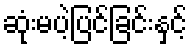
ဆုံးမပဲ့ပြင်ခြင်းနှင့်